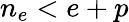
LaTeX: n_{e}<e+p